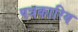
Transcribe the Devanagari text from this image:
पत्रकारिय